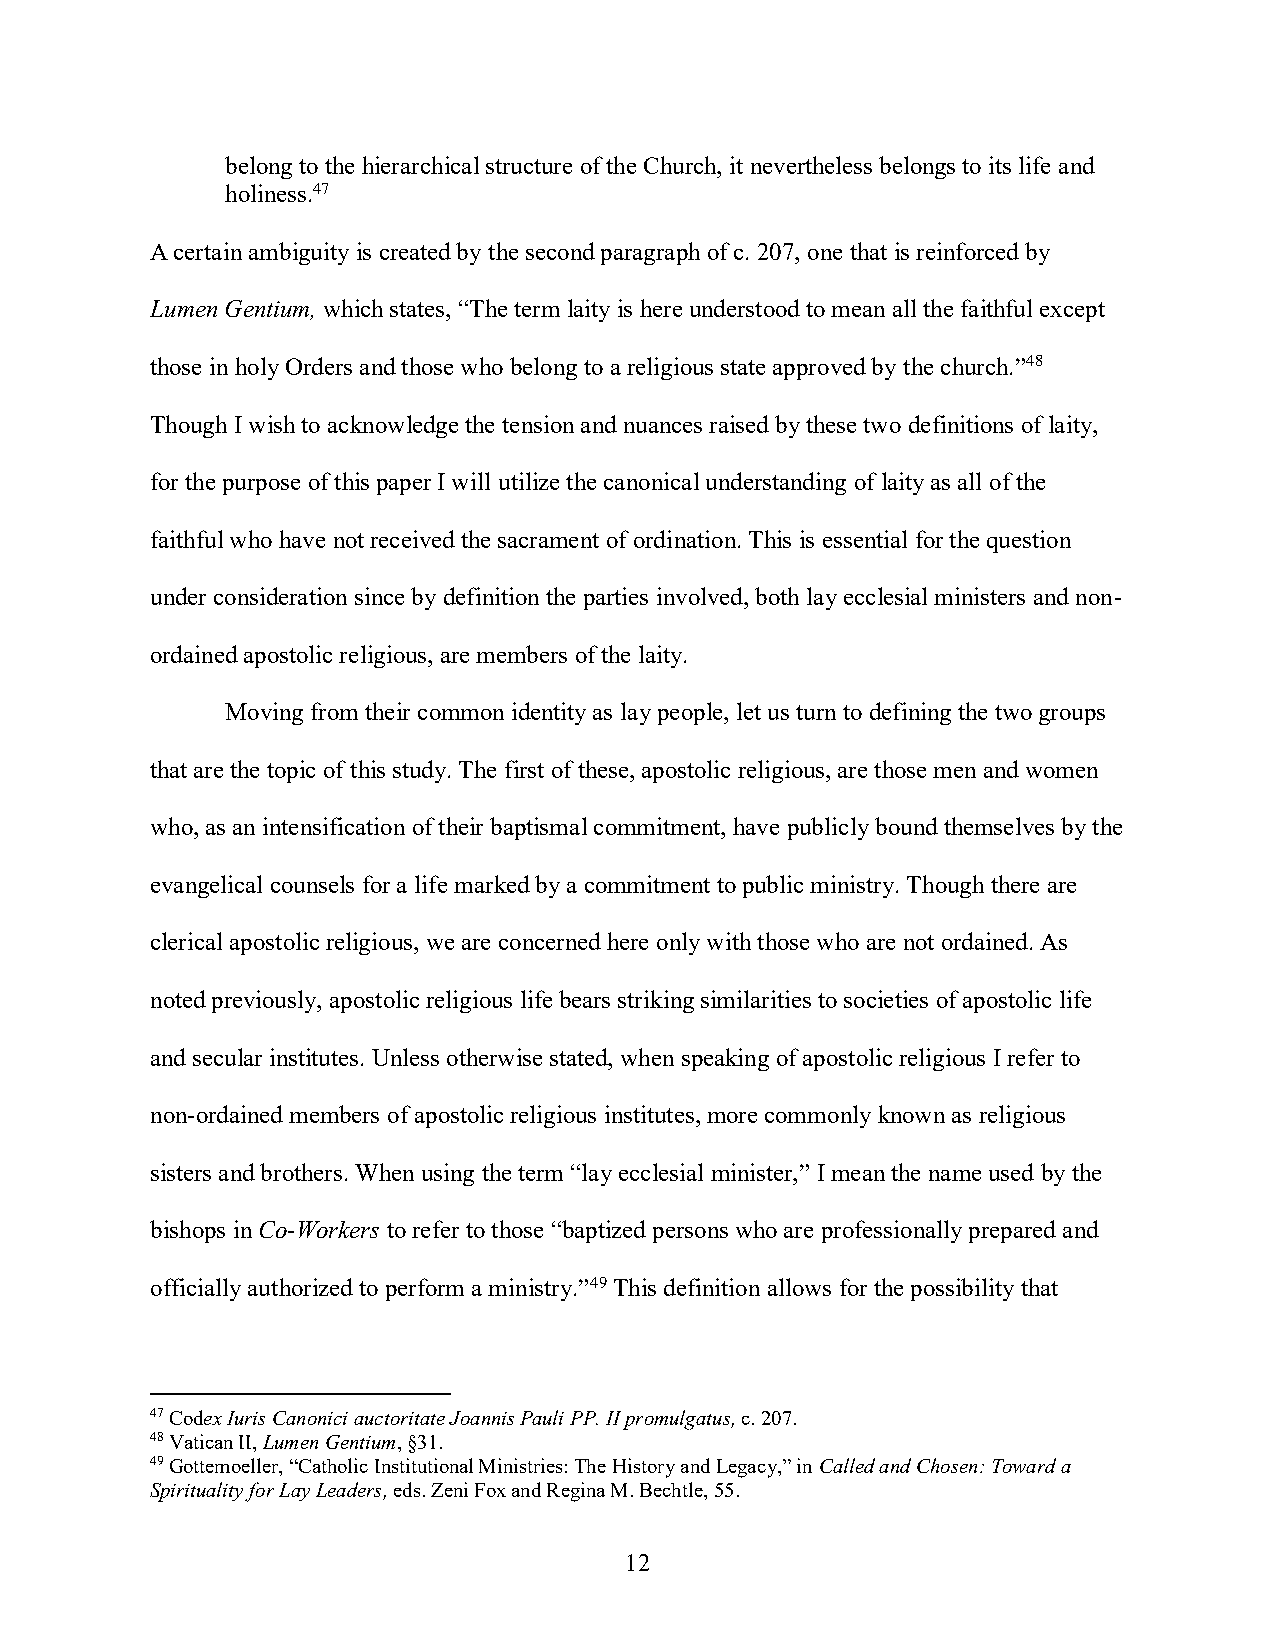
belong to the hierarchical structure of the Church, it nevertheless belongs to its life and
 holiness.47
 A certain ambiguity is created by the second paragraph of c. 207, one that is reinforced by
 Lumen Gentium, which states, “The term laity is here understood to mean all the faithful except
 those in holy Orders and those who belong to a religious state approved by the church.”48
 Though I wish to acknowledge the tension and nuances raised by these two definitions of laity,
 for the purpose of this paper I will utilize the canonical understanding of laity as all of the
 faithful who have not received the sacrament of ordination. This is essential for the question
 under consideration since by definition the parties involved, both lay ecclesial ministers and non-
 ordained apostolic religious, are members of the laity.
 Moving from their common identity as lay people, let us turn to defining the two groups
 that are the topic of this study. The first of these, apostolic religious, are those men and women
 who, as an intensification of their baptismal commitment, have publicly bound themselves by the
 evangelical counsels for a life marked by a commitment to public ministry. Though there are
 clerical apostolic religious, we are concerned here only with those who are not ordained. As
 noted previously, apostolic religious life bears striking similarities to societies of apostolic life
 and secular institutes. Unless otherwise stated, when speaking of apostolic religious I refer to
 non-ordained members of apostolic religious institutes, more commonly known as religious
 sisters and brothers. When using the term “lay ecclesial minister,” I mean the name used by the
 bishops in Co-Workers to refer to those “baptized persons who are professionally prepared and
 officially authorized to perform a ministry.”49 This definition allows for the possibility that
 47 Codex Iuris Canonici auctoritate Joannis Pauli PP. II promulgatus, c. 207.
 48 Vatican II, Lumen Gentium, §31.
 49 Gottemoeller, “Catholic Institutional Ministries: The History and Legacy,” in Called and Chosen: Toward a
 Spirituality for Lay Leaders, eds. Zeni Fox and Regina M. Bechtle, 55.
 12